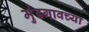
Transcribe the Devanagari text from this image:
मुंडगावच्या